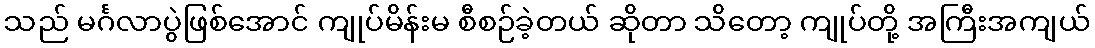
သည် မင်္ဂလာပွဲဖြစ်အောင် ကျုပ်မိန်းမ စီစဉ်ခဲ့တယ် ဆိုတာ သိတော့ ကျုပ်တို့ အကြီးအကျယ်